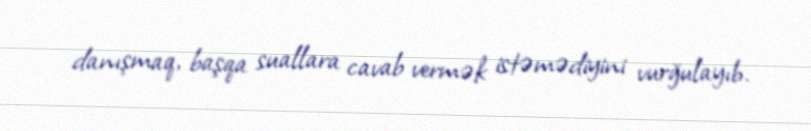
danışmaq, başqa suallara cavab vermək istəmədiyini vurğulayıb.